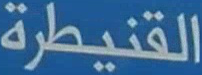
القنيطرة